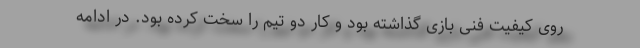
روی کیفیت فنی بازی گذاشته بود و کار دو تیم را سخت کرده بود. در ادامه